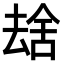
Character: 𫨮